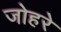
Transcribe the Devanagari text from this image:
जोहरे